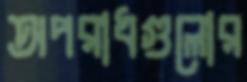
অপরাধগুলোর